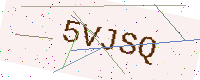
Text: 5VJSQ